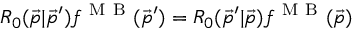
R _ { 0 } ( \vec { p } | \vec { p } ^ { \prime } ) f ^ { \mathrm { ~ M ~ B ~ } } ( \vec { p } ^ { \prime } ) = R _ { 0 } ( \vec { p } ^ { \prime } | \vec { p } ) f ^ { \mathrm { ~ M ~ B ~ } } ( \vec { p } )